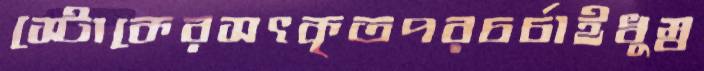
স্টোকেরসৎকৃতপরচর্চাইধুম্ব